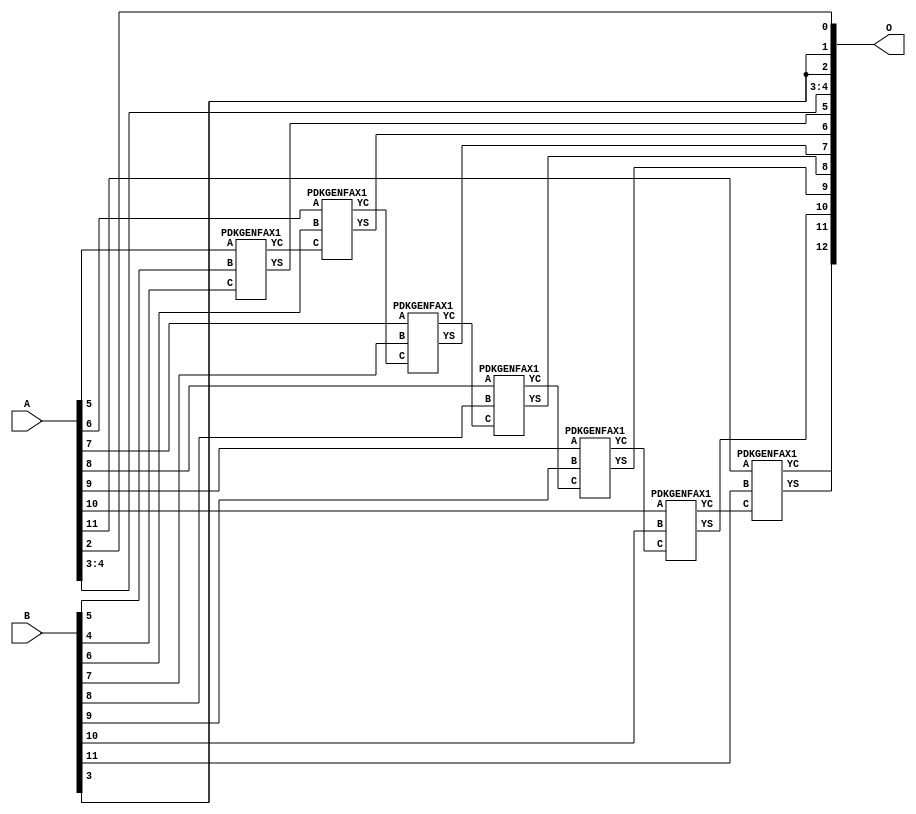
/***
* This code is a part of EvoApproxLib library (ehw.fit.vutbr.cz/approxlib) distributed under The MIT License.
* When used, please cite the following article(s): PRABAKARAN B. S., MRAZEK V., VASICEK Z., SEKANINA L., SHAFIQUE M. ApproxFPGAs: Embracing ASIC-based Approximate Arithmetic Components for FPGA-Based Systems. DAC 2020. 
***/
// MAE% = 0.098 %
// MAE = 8.0 
// WCE% = 0.20 %
// WCE = 16 
// WCRE% = 100.00 %
// EP% = 99.61 %
// MRE% = 0.27 %
// MSE = 74 
// FPGA_POWER = 0.36
// FPGA_DELAY = 7.9
// FPGA_LUT = 7.0

module add12u_0NG(A, B, O);
  input [11:0] A, B;
  output [12:0] O;
  wire n_415, n_414, n_36, n_42, n_37, n_314, n_315, n_23, n_22, n_21;
  wire n_20, n_27, n_26, n_25, n_24, n_248, n_29, n_28, n_348, n_249;
  wire n_381, n_380, n_280, n_281, n_214, n_349, n_39, n_38, n_8, n_9;
  wire n_4, n_5, n_6, n_7, n_0, n_1, n_2, n_3, n_30, n_31;
  wire n_32, n_33, n_34, n_35, n_18, n_19, n_16, n_17, n_14, n_15;
  wire n_12, n_13, n_10, n_11, n_45, n_44, n_43, n_47, n_215, n_46;
  wire n_41, n_40;
  assign n_0 = A[0];
  assign n_1 = A[0];
  assign n_2 = A[1];
  assign n_3 = A[1];
  assign n_4 = A[2];
  assign n_5 = A[2];
  assign n_6 = A[3];
  assign n_7 = A[3];
  assign n_8 = A[4];
  assign n_9 = A[4];
  assign n_10 = A[5];
  assign n_11 = A[5];
  assign n_12 = A[6];
  assign n_13 = A[6];
  assign n_14 = A[7];
  assign n_15 = A[7];
  assign n_16 = A[8];
  assign n_17 = A[8];
  assign n_18 = A[9];
  assign n_19 = A[9];
  assign n_20 = A[10];
  assign n_21 = A[10];
  assign n_22 = A[11];
  assign n_23 = A[11];
  assign n_24 = B[0];
  assign n_25 = B[0];
  assign n_26 = B[1];
  assign n_27 = B[1];
  assign n_28 = B[2];
  assign n_29 = B[2];
  assign n_30 = B[3];
  assign n_31 = B[3];
  assign n_32 = B[4];
  assign n_33 = B[4];
  assign n_34 = B[5];
  assign n_35 = B[5];
  assign n_36 = B[6];
  assign n_37 = B[6];
  assign n_38 = B[7];
  assign n_39 = B[7];
  assign n_40 = B[8];
  assign n_41 = B[8];
  assign n_42 = B[9];
  assign n_43 = B[9];
  assign n_44 = B[10];
  assign n_45 = B[10];
  assign n_46 = B[11];
  assign n_47 = B[11];
  PDKGENFAX1 tmp59(.YS(n_214), .YC(n_215), .A(n_10), .B(n_34), .C(n_32));
  PDKGENFAX1 tmp60(.YS(n_248), .YC(n_249), .A(n_12), .B(n_36), .C(n_215));
  PDKGENFAX1 tmp61(.YS(n_280), .YC(n_281), .A(n_14), .B(n_38), .C(n_249));
  PDKGENFAX1 tmp62(.YS(n_314), .YC(n_315), .A(n_16), .B(n_40), .C(n_281));
  PDKGENFAX1 tmp63(.YS(n_348), .YC(n_349), .A(n_18), .B(n_42), .C(n_315));
  PDKGENFAX1 tmp64(.YS(n_380), .YC(n_381), .A(n_20), .B(n_44), .C(n_349));
  PDKGENFAX1 tmp65(.YS(n_414), .YC(n_415), .A(n_22), .B(n_46), .C(n_381));
  assign O[0] = n_4;
  assign O[1] = n_30;
  assign O[2] = n_30;
  assign O[3] = n_6;
  assign O[4] = n_8;
  assign O[5] = n_214;
  assign O[6] = n_248;
  assign O[7] = n_280;
  assign O[8] = n_314;
  assign O[9] = n_348;
  assign O[10] = n_380;
  assign O[11] = n_414;
  assign O[12] = n_415;
endmodule

/* mod */
module PDKGENFAX1( input A, input B, input C, output YS, output YC );
    assign YS = (A ^ B) ^ C;
    assign YC = (A & B) | (B & C) | (A & C);
endmodule